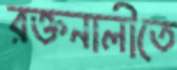
রক্তনালীতে